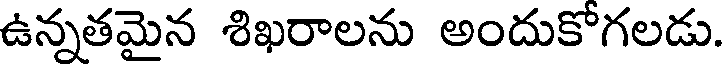
ఉన్నతమైన శిఖరాలను అందుకోగలడు.